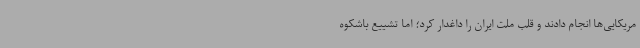
مریکایی‌ها انجام دادند و قلب ملت ایران را داغدار کرد؛ اما تشییع باشکوه